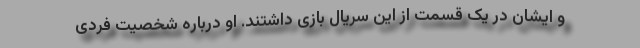
و ایشان در یک قسمت از این سریال بازی داشتند. او درباره شخصیت فردی